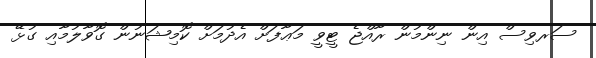
ސަރވިސް އިން ނިންމުން ރާއްޖެ ޓީވީ މަޢާފަށް އެދުމަށް ކޮމިޝަނުން ގޮވާލުމާއި ގުޅޭ